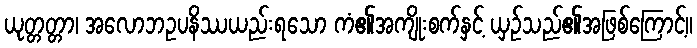
ယုတ္တတ္တာ၊ အလောဘဥပနိဿယည်းရသော ကံ၏အကျိုးစက်နှင့် ယှဉ်သည်၏အဖြစ်ကြောင့်။